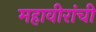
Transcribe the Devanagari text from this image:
महावीरांची